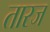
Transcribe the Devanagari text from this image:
तारज